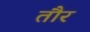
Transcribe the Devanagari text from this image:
तौर